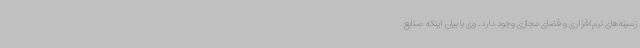
زمینه‌های نرم‌افزاری و فضای مجازی وجود دارد. وی با بیان اینکه صنایع